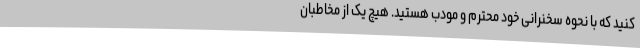
کنید که با نحوه سخنرانی خود محترم و مودب هستید. هیچ یک از مخاطبان